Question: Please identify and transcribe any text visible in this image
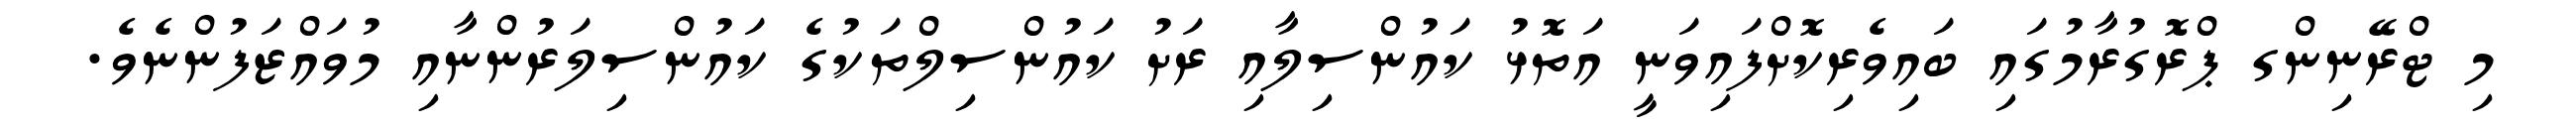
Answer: މި ޓްރޭނިންގ ޕްރޮގުރާމުގައި ބައިވެރިކޮށްފައިވަނީ އަތޮޅު ކައުންސިލާއި ރަށު ކައުންސިލްތަކުގެ ކައުންސިލަރުންނާއި މުވައްޒަފުންނެވެ.